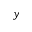
y